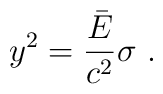
y^2={\bar E\over c^2}\sigma \ .